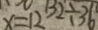
x = 1 2 1 3 2 \div 3 6